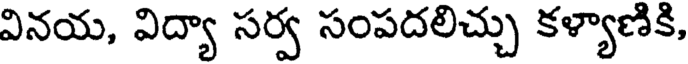
వినయ, విద్యా సర్వ సంపదలిచ్చు కళ్యాణికి,